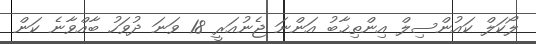
ލޯކަލް ކައުންސިލް އިންތިޚާބު އަންނަ ޖެނުއަރީ 18 ވަނަ ދުވަހު ބާއްވާނެ ކަން